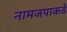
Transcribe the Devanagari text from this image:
नामजपाकडे